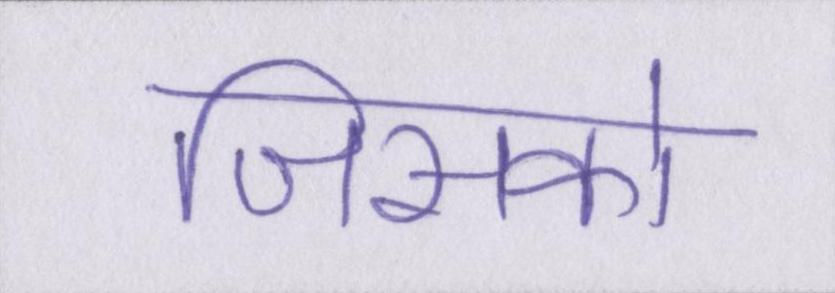
जिसको